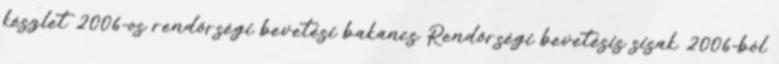
készlet 2006-os rendőrségi bevetési bakancs Rendőrségi bevetésis sisak 2006-ból